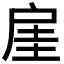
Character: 𫼋